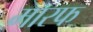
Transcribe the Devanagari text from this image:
मारफ